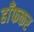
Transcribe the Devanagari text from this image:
हाँफकर